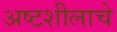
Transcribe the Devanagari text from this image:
अष्टशीलाचे